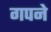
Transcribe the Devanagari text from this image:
गपने